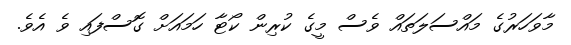
މާވަހަރުގެ މައްސަލަތައް ވެސް މީގެ ކުރިން ކޯޓާ ހަމައަށް ގޮސްފައި ވެ އެވެ.